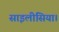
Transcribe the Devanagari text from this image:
साइलीसिया।